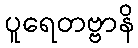
ပူရေတဗ္ဗာနိ